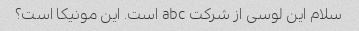
سلام این لوسی از شرکت abc است. این مونیکا است؟